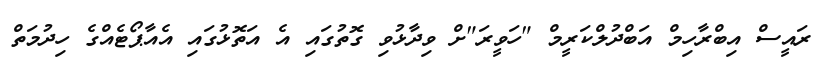
ރައީސް އިބްރާހިމް އަބްދުލްކަރީމް "ހަވީރަ"ށް ވިދާޅުވި ގޮތުގައި އެ އަތޮޅުގައި އެއާޕޯޓެއްގެ ހިދުމަތް